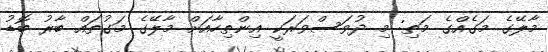
މާލޭގެ މަގެއްގެ މަތި: މި ދުވަސްވަރަކީ އިންތިހާއަށް މާލޭގެ މަގުތައް ބާރު ބޮޑު